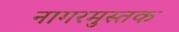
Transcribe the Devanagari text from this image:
नागरमुस्तक